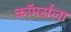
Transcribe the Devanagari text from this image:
कॉमर्सला